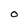
Character: O